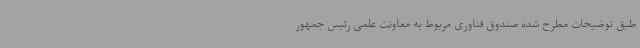
طبق توضیحات مطرح شده صندوق فناوری مربوط به معاونت علمی رئیس جمهور